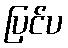
ပြင်ပ